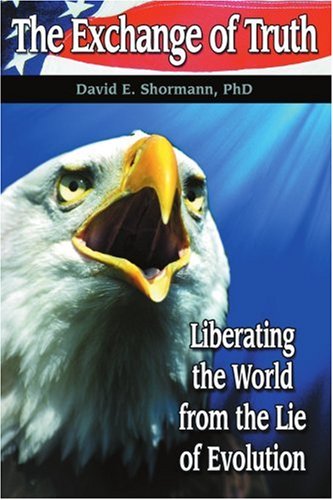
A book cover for The Exchange of Truth: Liberating the World from the Lie of Evolution; David Shormann; Christian Books & Bibles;